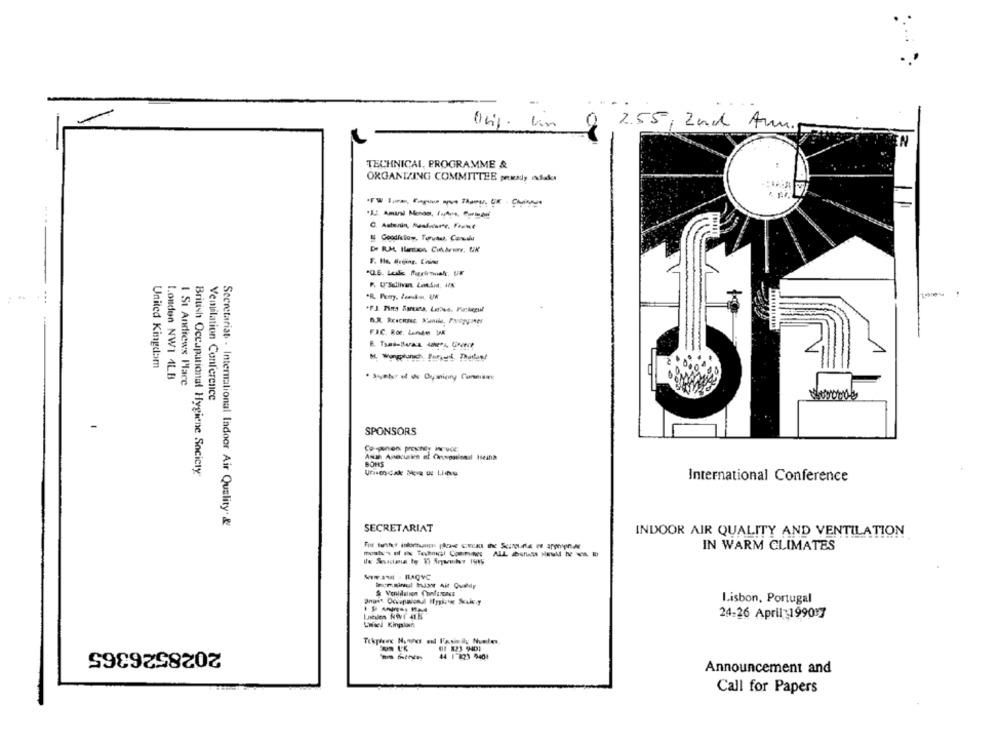
2.55, 2nd Av.
TECHNICAL, PROGRAMME &
ORGANIZING COMMITTEE prowady adaka
C. Astern, Muslucurr. Frune
F. Hlo. Beijing. Coins
P. O'Sullivan LaSid, ilk
---
+F.J. Tiny Spruzza, LeDes. Plattegul
United Kingdom
London NW1 4LB
1 St Andrews Place
Ventilation Conference
SPONSORS
British Occupational Hygiene Society
Uneocak Mon w Lieu
International Conference
Secretariat - International Indoor Air Quality &
SECRETARIAT
INDOOR AIR QUALITY AND VENTILATION
IN WARM CLIMATES
Sma - BAQVC
Lisbon, Portugal
Lucien NOT ALE
24-26 April 199017
Uwiel Kinplan
2028526365
Tekplene Nonher und Fasindy Numles
01 823 9401
44 | 823 9401
Announcement and
Call for Papers